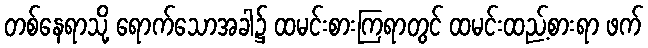
တစ်နေရာသို့ ရောက်သောအခါ၌ ထမင်းစားကြရာတွင် ထမင်းထည့်စားရာ ဖက်